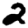
Digit: 2